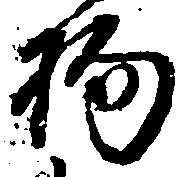
物